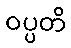
ဝပ္ပတိ